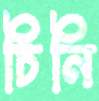
চিনি